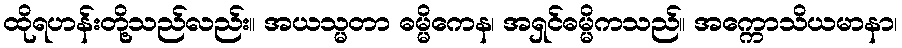
ထိုရဟန်းတို့သည်လည်း။ အယသ္မတာ ဓမ္မိကေန၊ အရှင်ဓမ္မိကသည်။ အက္ကောသိယမာနာ၊